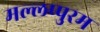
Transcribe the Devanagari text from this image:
मल्लप्पुरम